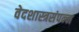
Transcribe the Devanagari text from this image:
वेदशास्त्रसंपन्‍न